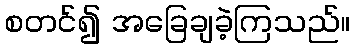
စတင်၍ အခြေချခဲ့ကြသည်။